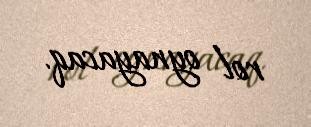
rol oynayacaq.